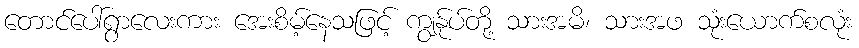
တောင်ပေါ်ရွာလေးကား အေးစိမ့်နေသဖြင့် ကျွန်ုပ်တို့ သားအမိ၊ သားအဖ သုံးယောက်စလုံး